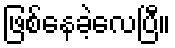
ဖြစ်နေခဲ့လေပြီ။